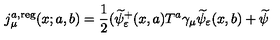
j _ { \mu } ^ { a , \mathrm { r e g } } ( x ; a , b ) = \frac 1 2 ( \widetilde { \psi } _ { \varepsilon } ^ { + } ( x , a ) T ^ { a } \gamma _ { \mu } \widetilde { \psi } _ { \varepsilon } ( x , b ) + \widetilde { \psi }